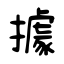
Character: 據